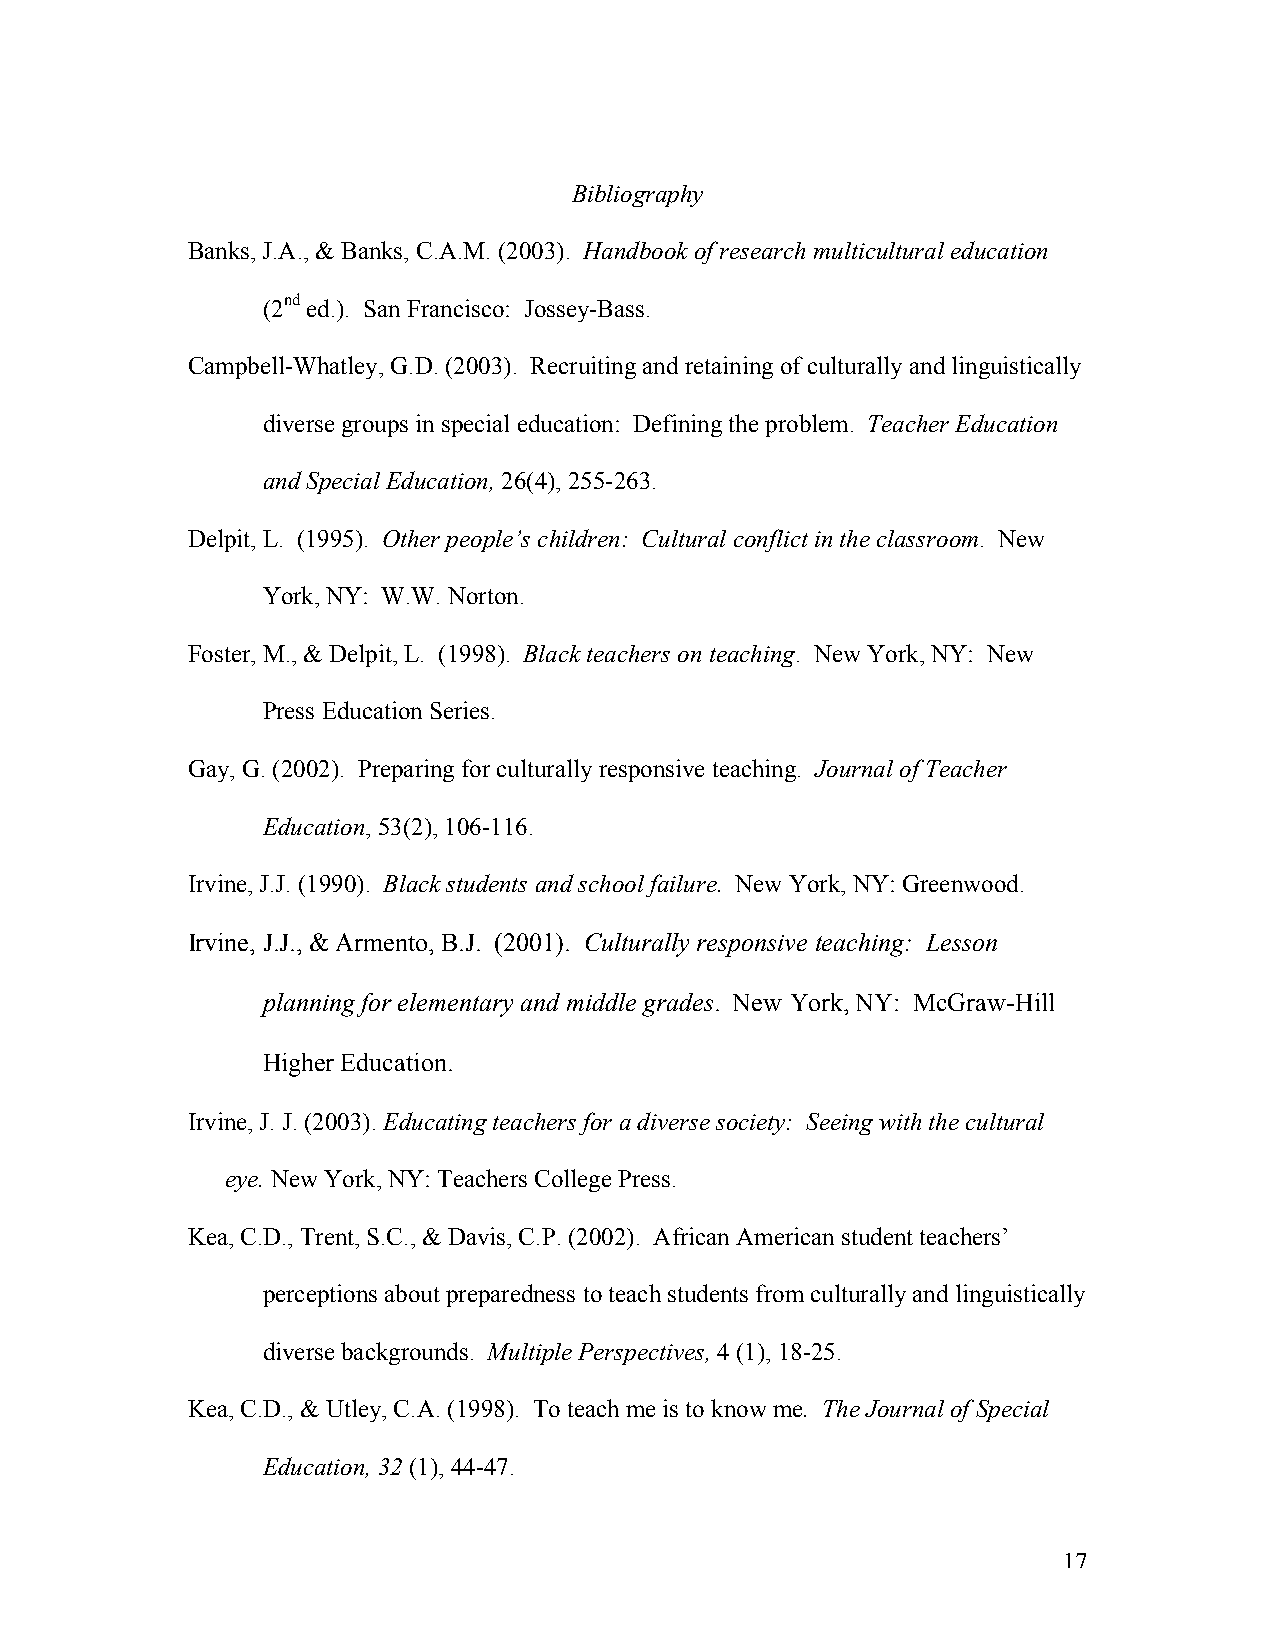
Bibliography
 Banks, J.A., & Banks, C.A.M. (2003). Handbook of research multicultural education
 (2nd ed.). San Francisco: Jossey-Bass.
 Campbell-Whatley, G.D. (2003). Recruiting and retaining of culturally and linguistically
 diverse groups in special education: Defining the problem. Teacher Education
 and Special Education, 26(4), 255-263.
 Delpit, L. (1995). Other people’s children: Cultural conflict in the classroom. New
 York, NY: W.W. Norton.
 Foster, M., & Delpit, L. (1998). Black teachers on teaching. New York, NY: New
 Press Education Series.
 Gay, G. (2002). Preparing for culturally responsive teaching. Journal of Teacher
 Education, 53(2), 106-116.
 Irvine, J.J. (1990). Black students and school failure. New York, NY: Greenwood.
 Irvine, J.J., & Armento, B.J. (2001). Culturally responsive teaching: Lesson
 planning for elementary and middle grades. New York, NY: McGraw-Hill
 Higher Education.
 Irvine, J. J. (2003). Educating teachers for a diverse society: Seeing with the cultural
 eye. New York, NY: Teachers College Press.
 Kea, C.D., Trent, S.C., & Davis, C.P. (2002). African American student teachers’
 perceptions about preparedness to teach students from culturally and linguistically
 diverse backgrounds. Multiple Perspectives, 4 (1), 18-25.
 Kea, C.D., & Utley, C.A. (1998). To teach me is to know me. The Journal of Special
 Education, 32 (1), 44-47.
 17